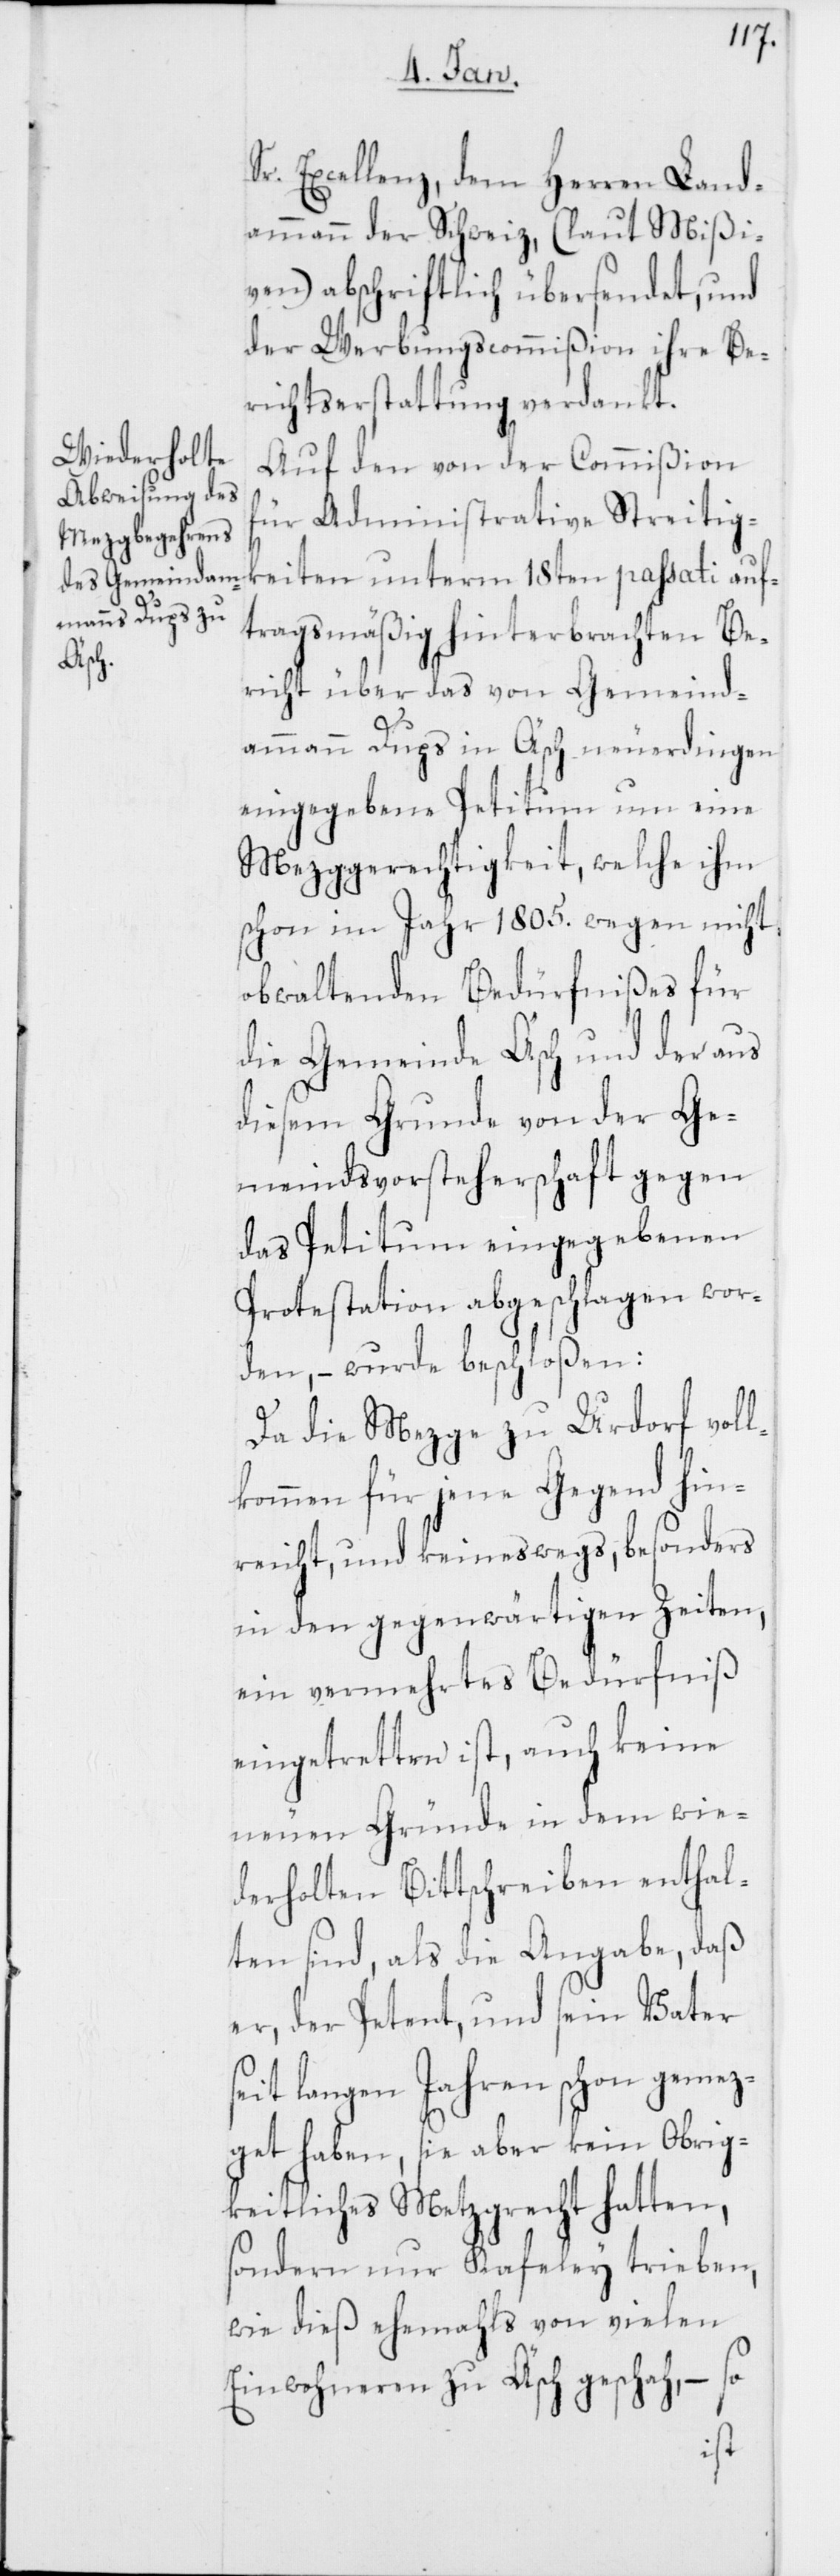
S¬

r. Excellenz, dem Herren Land¬
ammann der Schweiz, (laut Mißi¬
ven) abschriftlich übersendet, und
der Werbungscommißion ihre Be¬
richtserstattung verdankt.
Auf den von der Commißion
für Administrative Streitigk¬
eiten unterm 18ten passati auf¬
tragsmäßig hinterbrachten Be¬
richt über das von Gemeind¬
ammann Dups in Äsch neuerdingen
eingegebene Petitum um eine
Metzggerechtigkeit, welche ihm
schon im Jahr 1805. wegen nicht
obwaltenden Bedürfnißes für
die Gemeinde Äsch und der aus
diesem Grunde von der Ge¬
meindsvorsteherschaft gegen
das Petitum eingegebenen
Protestation abgeschlagen wor¬
den, – wurde beschloßen:
Da die Mezge zu Urdorf voll¬
kommen für jene Gegend hin¬
reicht, und keineswegs, besonders
in den gegenwärtigen Zeiten,
ein vermehrtes Bedürfniß
eingetretten ist, auch keine
neuen Gründe in dem wie¬
derholten Bittschreiben enthal¬
ten sind, als die Angabe, daß
er, der Petent, und sein Vater
seit langen Jahren schon gemez¬
get haben, sie aber kein Obrig¬
keitliches Metzgrecht hatten,
sondern nur Kafeley trieben,
wie dieß ehemahls von vielen
Einwohneren zu Äsch geschah, – so